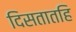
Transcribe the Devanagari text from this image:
दिसतातहि